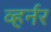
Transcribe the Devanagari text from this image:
व्हर्नर